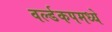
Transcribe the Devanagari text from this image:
वर्ल्डकपमध्ये